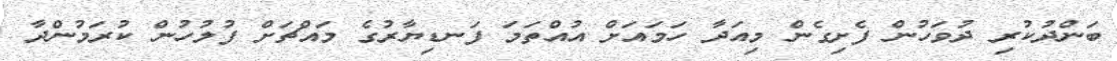
ބަންދުކުރި ދުވަހުން ފެށިގެން މިއަދާ ހަމައަށް އުއްތަމަ ފަނޑިޔާރުގެ މައްޗަށް ފުލުހުން ކުރަމުންދާ